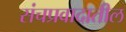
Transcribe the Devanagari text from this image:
संचप्रवादातील